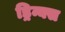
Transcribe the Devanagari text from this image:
ड्रिन्क्स